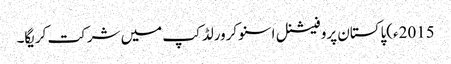
2015ء)پاکستان پروفیشنل اسنوکرورلڈکپ میں شرکت کریگا۔